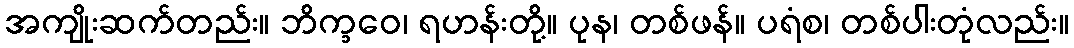
အကျိုးဆက်တည်း။ ဘိက္ခဝေ၊ ရဟန်းတို့။ ပုန၊ တစ်ဖန်။ ပရံစ၊ တစ်ပါးတုံလည်း။